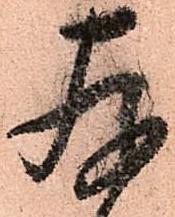
存